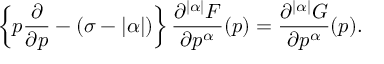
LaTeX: \left\{ p \frac { \partial } { \partial p } - ( \sigma - | \alpha | ) \right\} \frac { \partial ^ { | \alpha | } F } { \partial p ^ { \alpha } } ( p ) = \frac { \partial ^ { | \alpha | } G } { \partial p ^ { \alpha } } ( p ) .